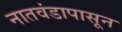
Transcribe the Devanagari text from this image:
नातवंडापासून